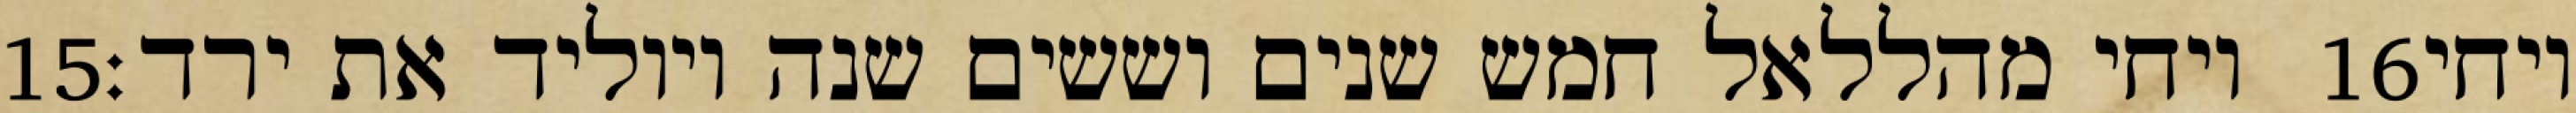
‎15‏ ויחי מהללאל חמש שנים וששים שנה ויוליד את ירד׃ ‎16‏ ויחי